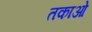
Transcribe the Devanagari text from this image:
तकाओ